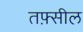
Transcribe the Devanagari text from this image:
तफ़्सील